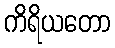
ကိရိယတော